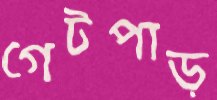
গেটপাড়